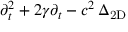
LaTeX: \partial _ { t } ^ { 2 } + 2 \gamma \partial _ { t } - c ^ { 2 } \, \Delta _ { \mathrm { 2 D } }